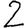
Digit: 2